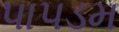
પાપડમ